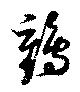
鶴